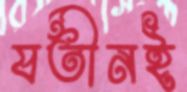
যতীনই